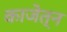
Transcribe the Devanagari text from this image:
काजेत्न